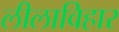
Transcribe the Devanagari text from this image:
लीलाविहार